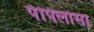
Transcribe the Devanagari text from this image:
पॅपिलोसा